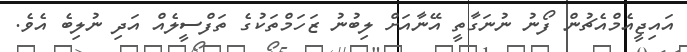
އައިޖީއެމްއެޗުން ފޯނު ނުނަގާތީ އޭނާއަށް ލިބުނު ޒަހަމްތަކުގެ ތަފްސީލެއް އަދި ނުލިބެ އެވެ.